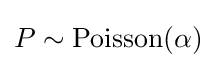
P\sim \mathrm {Poisson} (\alpha )